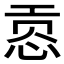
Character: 𰑟